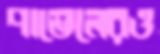
পাভেলেরও